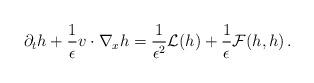
LaTeX: \begin{align*}\partial_t h + \frac{1}{\epsilon}v\cdot\nabla_x h=\frac{1}{\epsilon^2}\mathcal L(h)+\frac{1}{\epsilon}\mathcal F(h,h)\,. \end{align*}